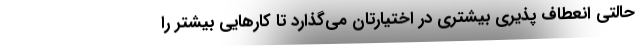
حالتی انعطاف پذیری بیشتری در اختیارتان می‌گذارد تا کارهایی بیشتر را